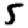
Digit: 5